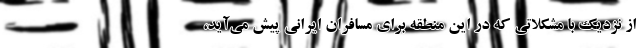
از نزدیک با مشکلاتی که در این منطقه برای مسافران ایرانی پیش می‌آید،